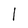
Character: 1